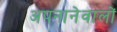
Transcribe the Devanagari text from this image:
अपनानेवालों